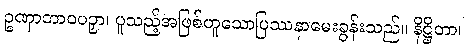
ဥဏှာဘာဝပဉှာ၊ ပူသည့်အဖြစ်ဟူသောပြဿနာမေးခွန်းသည်။ နိဋ္ဌိတာ၊